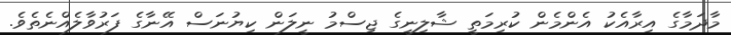
މާދަމާގެ އިރާއެކު އެންމެން ކުރިމަތީ ޝާލިނީގެ ޖިސްމު ނީލަން ކިޔުނަސް އޭނާގެ ފަރުވާލެއްނެތެވެ.